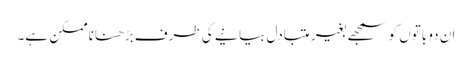
ان دو باتوں کو سمجھے بغیر متبادل بیانیے کی طرف بڑھنا ناممکن ہے۔